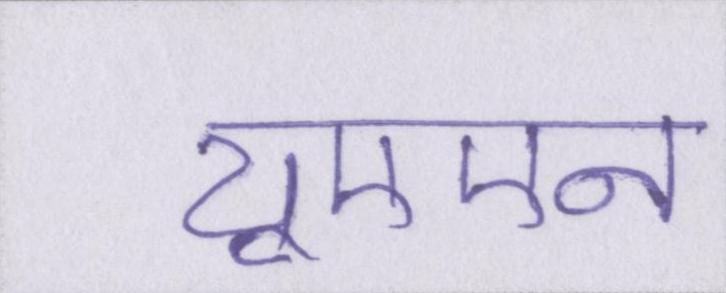
यूएएन